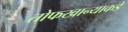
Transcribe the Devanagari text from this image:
तोफखान्याकडे